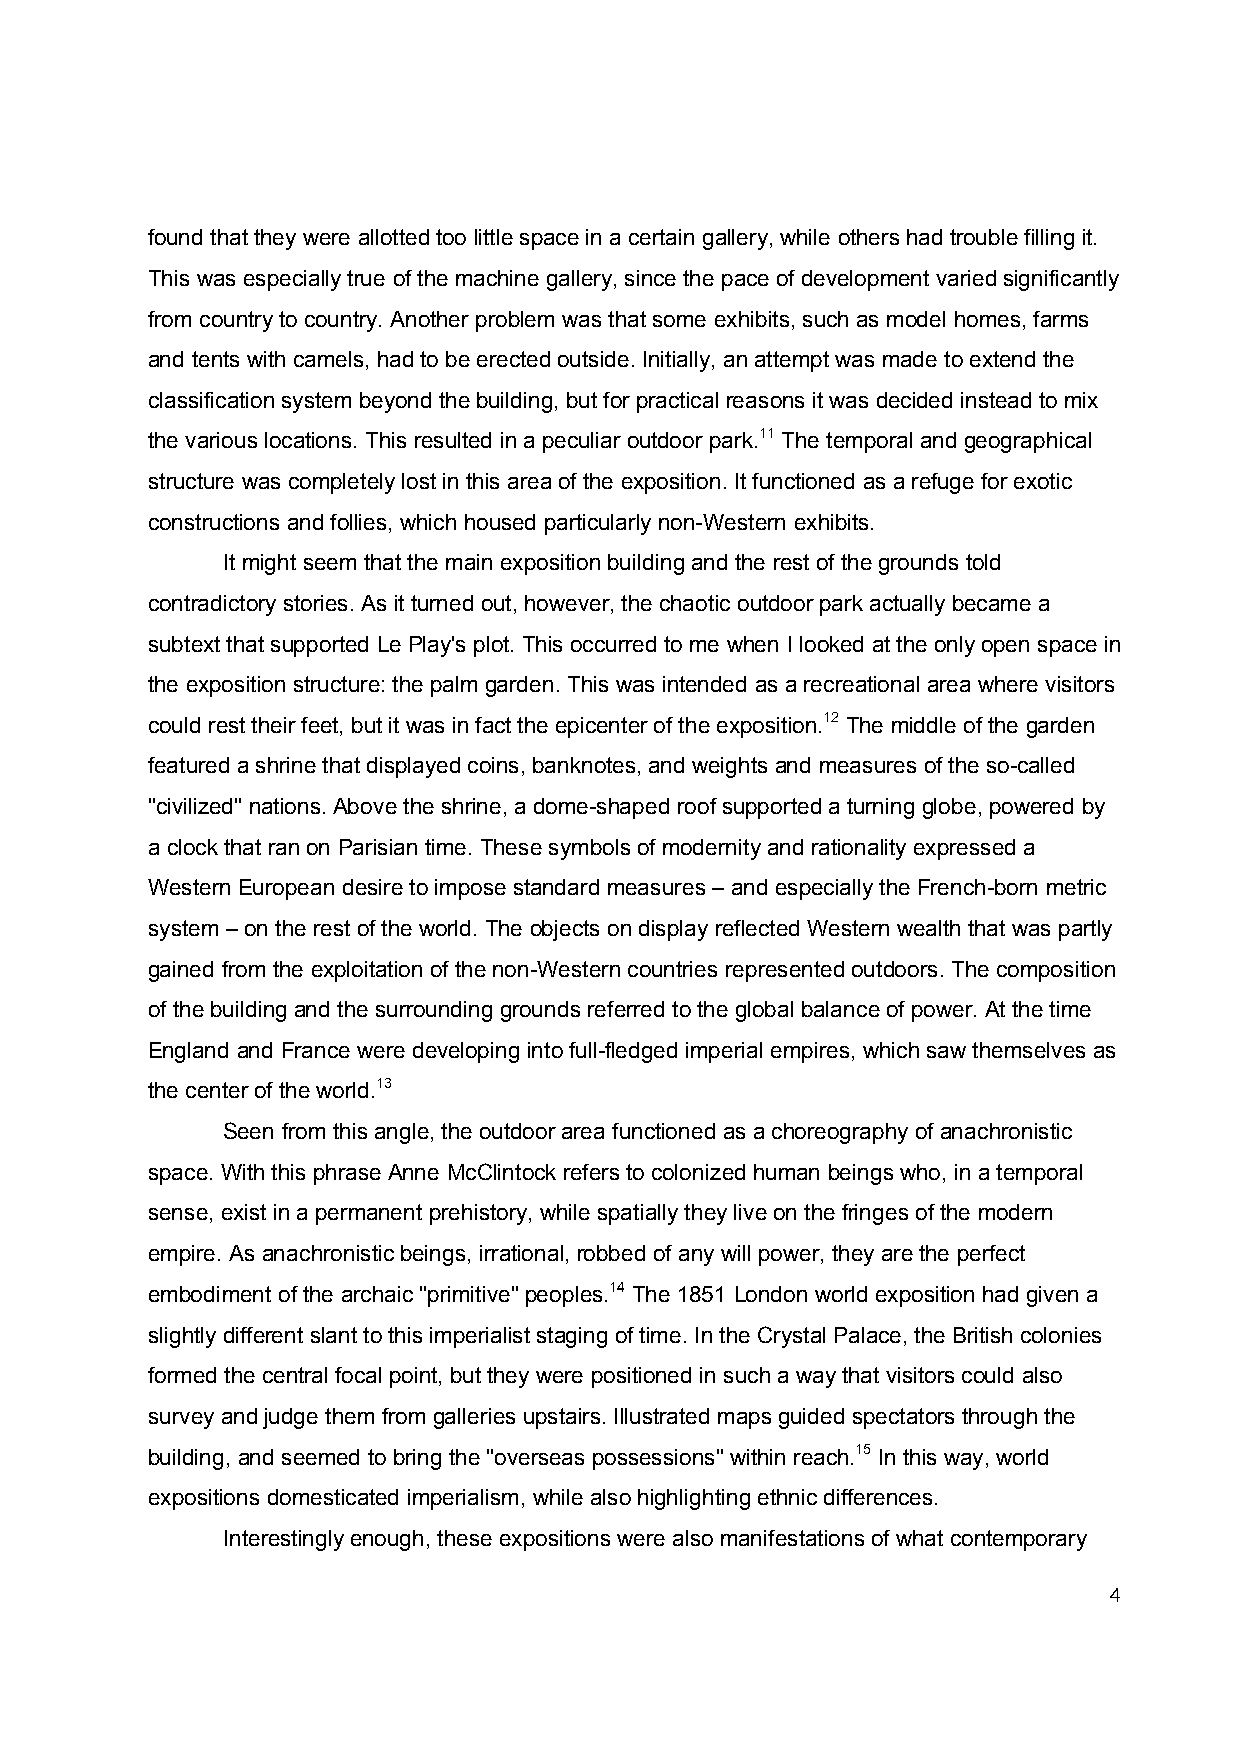
found that they were allotted too little space in a certain gallery, while others had trouble filling it.
 This was especially true of the machine gallery, since the pace of development varied significantly
 from country to country. Another problem was that some exhibits, such as model homes, farms
 and tents with camels, had to be erected outside. Initially, an attempt was made to extend the
 classification system beyond the building, but for practical reasons it was decided instead to mix
 the various locations. This resulted in a peculiar outdoor park.11 The temporal and geographical
 structure was completely lost in this area of the exposition. It functioned as a refuge for exotic
 constructions and follies, which housed particularly non-Western exhibits.
 It might seem that the main exposition building and the rest of the grounds told
 contradictory stories. As it turned out, however, the chaotic outdoor park actually became a
 subtext that supported Le Play's plot. This occurred to me when I looked at the only open space in
 the exposition structure: the palm garden. This was intended as a recreational area where visitors
 could rest their feet, but it was in fact the epicenter of the exposition.12 The middle of the garden
 featured a shrine that displayed coins, banknotes, and weights and measures of the so-called
 "civilized" nations. Above the shrine, a dome-shaped roof supported a turning globe, powered by
 a clock that ran on Parisian time. These symbols of modernity and rationality expressed a
 Western European desire to impose standard measures – and especially the French-born metric
 system – on the rest of the world. The objects on display reflected Western wealth that was partly
 gained from the exploitation of the non-Western countries represented outdoors. The composition
 of the building and the surrounding grounds referred to the global balance of power. At the time
 England and France were developing into full-fledged imperial empires, which saw themselves as
 the center of the world.13
 Seen from this angle, the outdoor area functioned as a choreography of anachronistic
 space. With this phrase Anne McClintock refers to colonized human beings who, in a temporal
 sense, exist in a permanent prehistory, while spatially they live on the fringes of the modern
 empire. As anachronistic beings, irrational, robbed of any will power, they are the perfect
 embodiment of the archaic "primitive" peoples.14 The 1851 London world exposition had given a
 slightly different slant to this imperialist staging of time. In the Crystal Palace, the British colonies
 formed the central focal point, but they were positioned in such a way that visitors could also
 survey and judge them from galleries upstairs. Illustrated maps guided spectators through the
 building, and seemed to bring the "overseas possessions" within reach.15 In this way, world
 expositions domesticated imperialism, while also highlighting ethnic differences.
 Interestingly enough, these expositions were also manifestations of what contemporary
 4